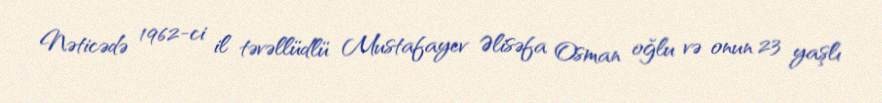
Nəticədə 1962-ci il təvəllüdlü Mustafayev Əlisəfa Osman oğlu və onun 23 yaşlı